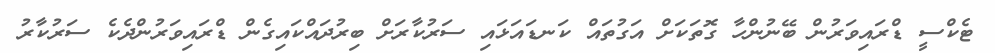
ޓެކްސީ ޑްރައިވަރުން ބޭނުންހާ ގޮތަކަށް އަގުތައް ކަނޑައަޅައި ސަރުކާރަށް ބިރުދައްކައިގެން ޑްރައިވަރުންދެކެ ސަރުކާރު